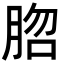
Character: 脗